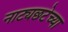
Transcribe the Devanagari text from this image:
नाट्यछटेच्या